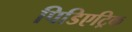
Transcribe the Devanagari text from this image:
पिडिएट्रिक